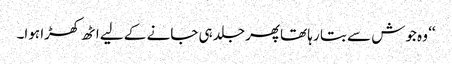
‘‘ وہ جوش سے بتا رہا تھاپھر جلد ہی جانے کے لیے اٹھ کھڑا ہوا۔